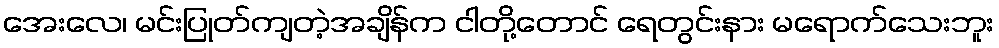
အေးလေ၊ မင်းပြုတ်ကျတဲ့အချိန်က ငါတို့တောင် ရေတွင်းနား မရောက်သေးဘူး